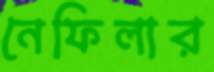
নেফিলার